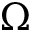
\Omega